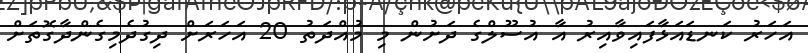
އަހަރު ކަނޑައަޅާފައިވާއިރު އާ އުސޫލްގެ ދަށުން މި މުއްދަތު 20 އަހަރަށް ދިގުދެމިގެންދާގޮތަށް